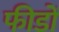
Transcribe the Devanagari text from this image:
फीडों